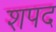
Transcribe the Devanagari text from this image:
शपद